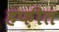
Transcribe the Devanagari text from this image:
हफ़ीत